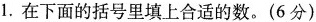
1.在下面的括号里填上合适的数。(6分)